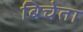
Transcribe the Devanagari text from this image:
बिचेता